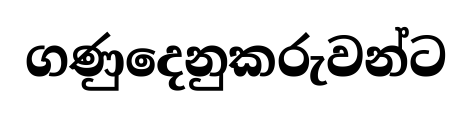
ගණුදෙනුකරුවන්ට